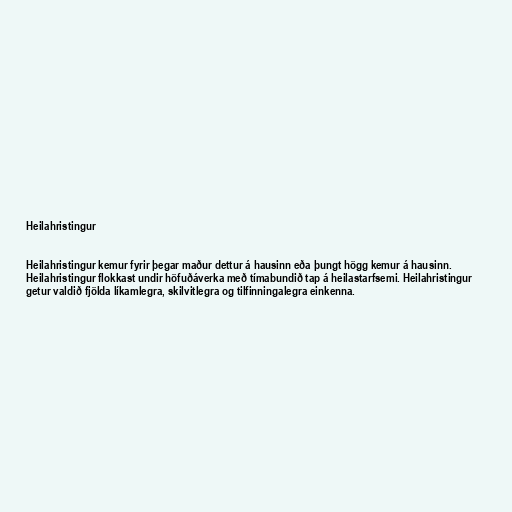
Heilahristingur

Heilahristingur kemur fyrir þegar maður dettur á hausinn eða þungt högg kemur á hausinn.
Heilahristingur flokkast undir höfuðáverka með tímabundið tap á heilastarfsemi. Heilahristingur
getur valdið fjölda líkamlegra, skilvitlegra og tilfinningalegra einkenna.